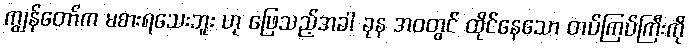
ကျွန်တော်က မစားရသေးဘူး ဟု ဖြေသည့်အခါ ခုန အဝတွင် ထိုင်နေသော တပ်ကြပ်ကြီးကို